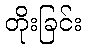
တိုးခြင်း